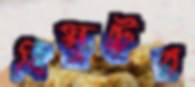
বিস্কুটের